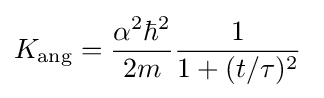
K_{\text{ang}}={\frac {\alpha ^{2}\hbar ^{2}}{2m}}{\frac {1}{1+(t/\tau )^{2}}}~